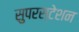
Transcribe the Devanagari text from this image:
सुपरस्टेशन